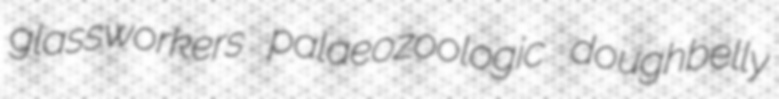
glassworkers palaeozoologic doughbelly